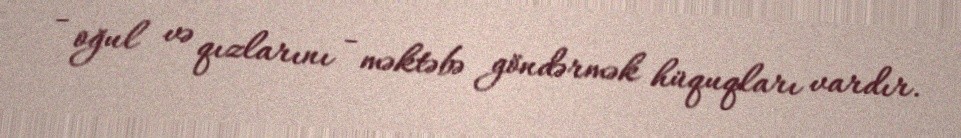
- oğul və qızlarını - məktəbə göndərmək hüquqları vardır.